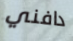
دافني